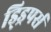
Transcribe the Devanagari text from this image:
ड्ड्रिपर्स